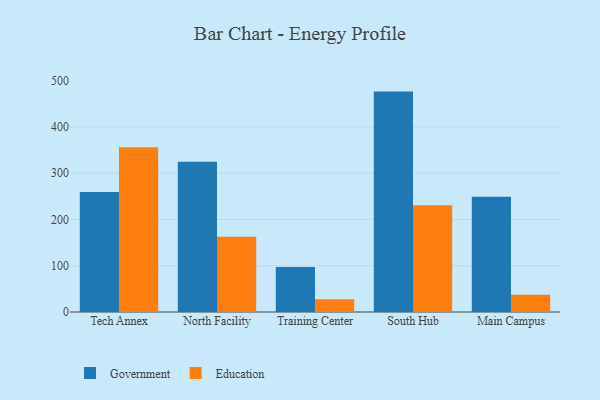
{"axis": {"x": "Campus", "y": "Humidity (%)"}, "legend": ["Education", "Government"], "data": [{"x": "Tech Annex", "y": 259.5, "type": "Government"}, {"x": "Tech Annex", "y": 356.4, "type": "Education"}, {"x": "North Facility", "y": 325.0, "type": "Government"}, {"x": "North Facility", "y": 162.9, "type": "Education"}, {"x": "Training Center", "y": 97.1, "type": "Government"}, {"x": "Training Center", "y": 27.7, "type": "Education"}, {"x": "South Hub", "y": 476.5, "type": "Government"}, {"x": "South Hub", "y": 231.0, "type": "Education"}, {"x": "Main Campus", "y": 249.3, "type": "Government"}, {"x": "Main Campus", "y": 37.4, "type": "Education"}]}